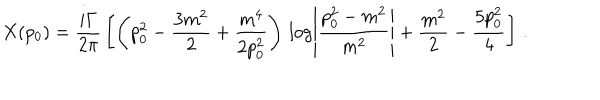
X ( p _ { 0 } ) = \frac { i \Gamma } { 2 \pi } \, \left[ \left( p _ { 0 } ^ { 2 } - \frac { 3 m ^ { 2 } } { 2 } + \frac { m ^ { 4 } } { 2 p _ { 0 } ^ { 2 } } \right) \, \log \left| \frac { p _ { 0 } ^ { 2 } - m ^ { 2 } } { m ^ { 2 } } \right| + \frac { m ^ { 2 } } { 2 } - \frac { 5 p _ { 0 } ^ { 2 } } { 4 } \right] \, .